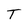
Character: T